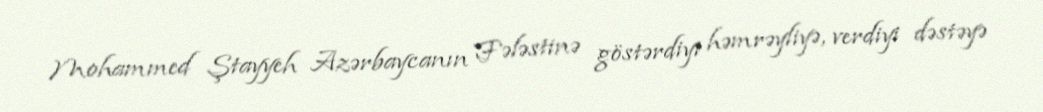
Mohammed Ştayyeh Azərbaycanın Fələstinə göstərdiyi həmrəyliyə, verdiyi dəstəyə